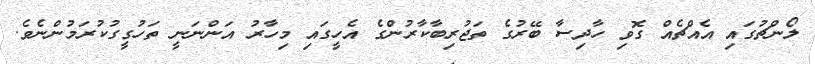
ލޯންޗުގައި އެއްޗެއް ގޮވި ހާދިސާ ބޭރުގެ ތަޖުރިބާކާރުންގެ އެހީގައި މިހާރު އަންނަނީ ތަހުގީގުކުރަމުންނެވެ.